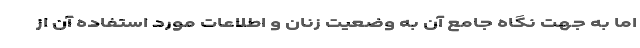
اما به جهت نگاه جامع آن به وضعیت زنان و اطلاعات مورد استفاده آن از